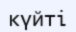
күйті